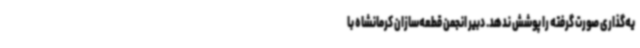
یه‌گذاری صورت گرفته را پوشش ندهد. دبیر انجمن قطعه‌سازان کرمانشاه با